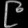
Digit: ၉